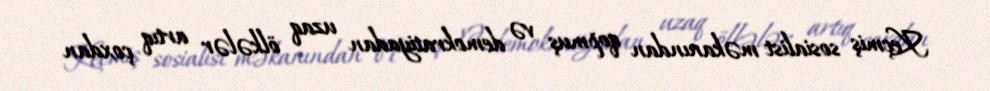
Keçmiş sosialist məkanından qopmuş və demokratiyadan uzaq ölkələr artıq çoxdan